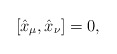
\begin{gather*}[\hat{x}_\mu,\hat{x}_\nu]=0,\end{gather*}